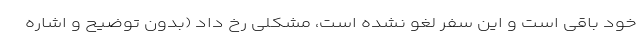
خود باقی است و این سفر لغو نشده است، مشکلی رخ داد (بدون توضیح و اشاره